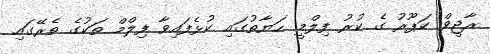
ރާޖީވް ކަޕޫރު ގެ ކުރު ފިލްމީ ޙަޔާތުގައި ކުޅެފައިވާ ފިލްމް ތަކުގެ ތެރޭގައި